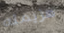
هزيمته